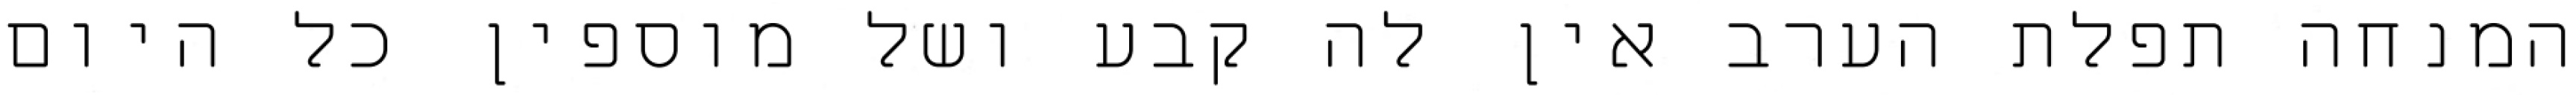
המנחה תפלת הערב אין לה קבע ושל מוספין כל היום